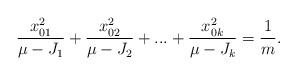
LaTeX: \begin{align*}\frac{x_{01}^2}{\mu-J_1}+\frac{x_{02}^2}{\mu-J_2}+...+\frac{x_{0k}^2}{\mu-J_k}=\frac{1}{m}.\end{align*}